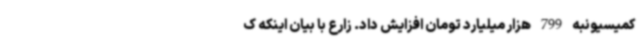
کمیسیونبه 799 هزار میلیارد تومان افزایش داد. زارع با بیان اینکه ک